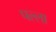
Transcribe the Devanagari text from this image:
पल्‍ला